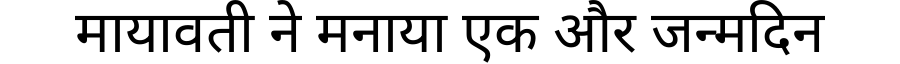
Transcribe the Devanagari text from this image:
मायावती ने मनाया एक और जन्मदिन